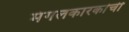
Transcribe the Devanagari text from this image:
मंगलकारकांची